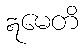
ဣမေတိ